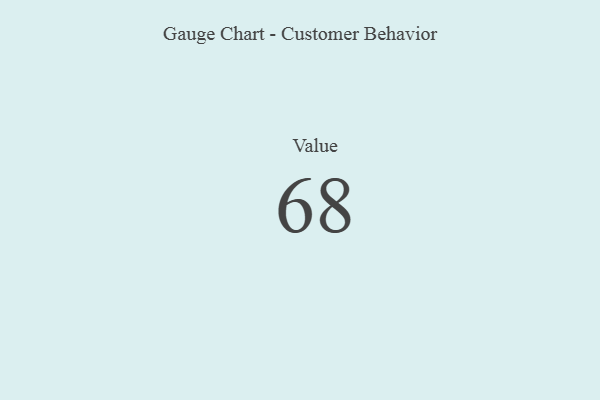
{"axis": {"x": "Metric", "y": "Value"}, "legend": [""], "data": [{"x": "Value", "y": 68, "type": ""}]}